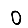
Digit: 0